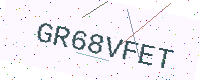
Text: GR68VFET